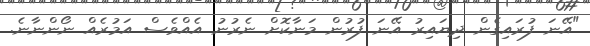
"އޭނަ ފުރައިގެން ދިޔައިރު އޭނަ ފުރުން މަނާކޮށް ނެރުނު އެއްވެސް އަމުރެއް ނޯންނާނެ.